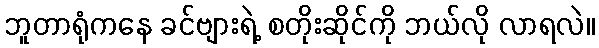
ဘူတာရုံကနေ ခင်ဗျားရဲ့ စတိုးဆိုင်ကို ဘယ်လို လာရလဲ။